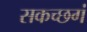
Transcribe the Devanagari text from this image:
सकच्छगं